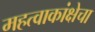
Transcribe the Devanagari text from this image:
महत्वाकांक्षेचा